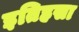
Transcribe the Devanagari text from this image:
इतिहसा